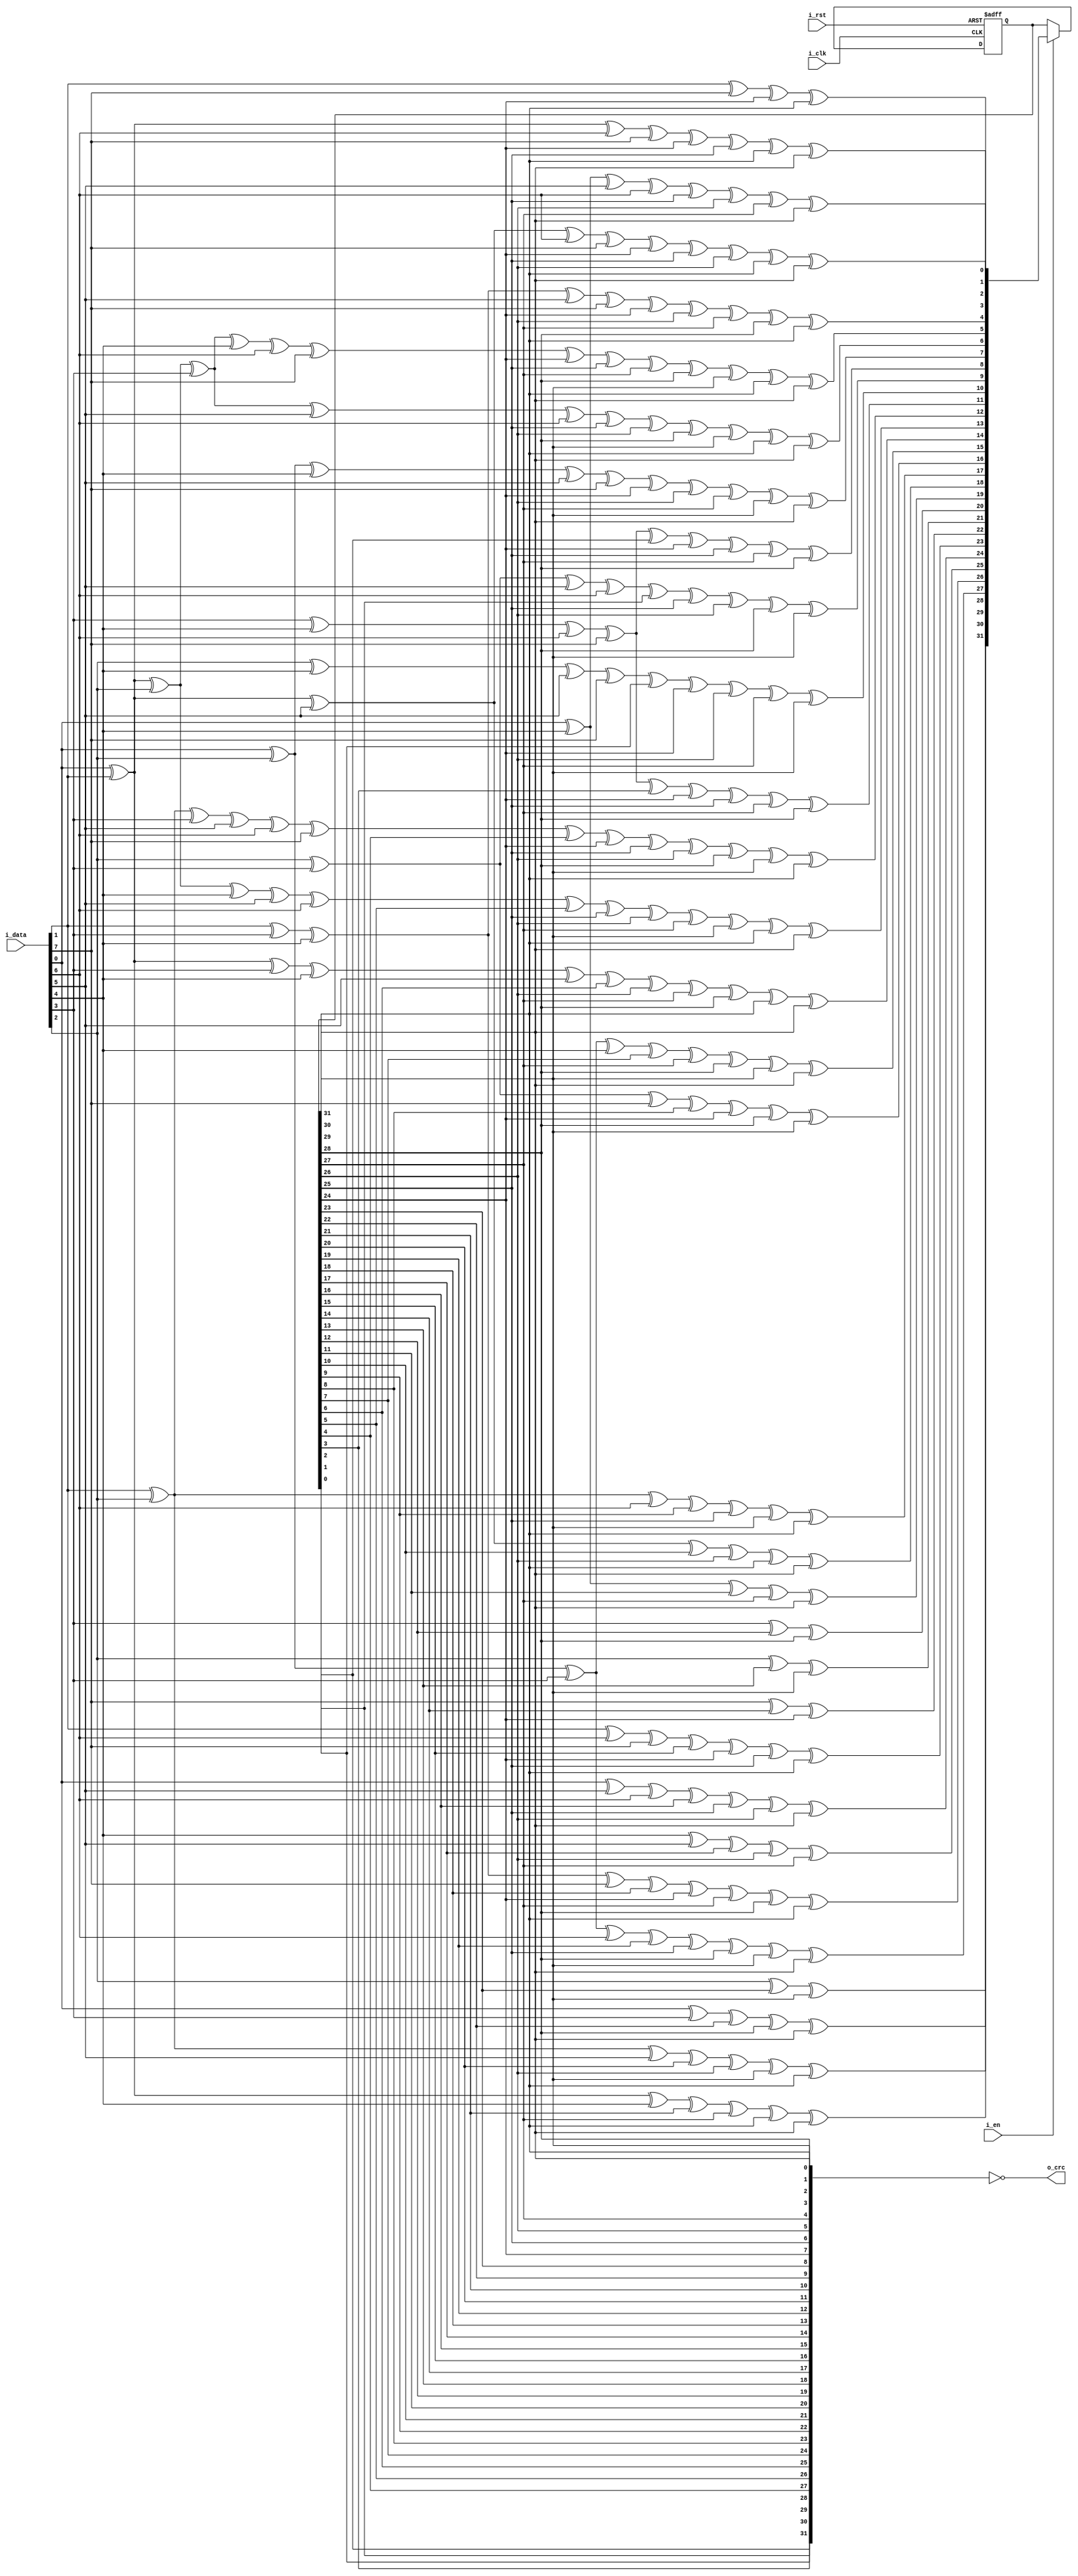
////////////////////////////////////////////////////////////////////////////////
// Copyright (C) 1999-2008 Easics NV.
// This source file may be used and distributed without restriction
// provided that this copyright statement is not removed from the file
// and that any derivative work contains the original copyright notice
// and the associated disclaimer.
//
// THIS SOURCE FILE IS PROVIDED "AS IS" AND WITHOUT ANY EXPRESS
// OR IMPLIED WARRANTIES, INCLUDING, WITHOUT LIMITATION, THE IMPLIED
// WARRANTIES OF MERCHANTIBILITY AND FITNESS FOR A PARTICULAR PURPOSE.
//
// Purpose : synthesizable CRC function
//   * polynomial: x^32 + x^26 + x^23 + x^22 + x^16 + x^12 + x^11 + x^10 + x^8 + x^7 + x^5 + x^4 + x^2 + x^1 + 1
//   * data width: 8
//
// Info : tools@easics.be
//        http://www.easics.com
////////////////////////////////////////////////////////////////////////////////
module CRC32_D8(
	input			i_clk	,
	input			i_rst	,
	input			i_en	,
	input  [7 :0]	i_data	,
	output [31:0]	o_crc	
);

reg  [31:0] crc;
wire [7 :0] d;
wire [31:0] c;
wire [31:0] newcrc;
assign	o_crc = ~{crc[0] ,crc[1] ,crc[2] ,crc[3] ,crc[4] ,crc[5] ,crc[6] ,crc[7] ,
				  crc[8] ,crc[9] ,crc[10],crc[11],crc[12],crc[13],crc[14],crc[15],
				  crc[16],crc[17],crc[18],crc[19],crc[20],crc[21],crc[22],crc[23],
				  crc[24],crc[25],crc[26],crc[27],crc[28],crc[29],crc[30],crc[31]};

assign	d = {i_data[0],i_data[1],i_data[2],i_data[3],i_data[4],i_data[5],i_data[6],i_data[7]};
assign	c = crc;
assign	newcrc[0] = d[6] ^ d[0] ^ c[24] ^ c[30];
assign	newcrc[1] = d[7] ^ d[6] ^ d[1] ^ d[0] ^ c[24] ^ c[25] ^ c[30] ^ c[31];
assign	newcrc[2] = d[7] ^ d[6] ^ d[2] ^ d[1] ^ d[0] ^ c[24] ^ c[25] ^ c[26] ^ c[30] ^ c[31];
assign	newcrc[3] = d[7] ^ d[3] ^ d[2] ^ d[1] ^ c[25] ^ c[26] ^ c[27] ^ c[31];
assign	newcrc[4] = d[6] ^ d[4] ^ d[3] ^ d[2] ^ d[0] ^ c[24] ^ c[26] ^ c[27] ^ c[28] ^ c[30];
assign	newcrc[5] = d[7] ^ d[6] ^ d[5] ^ d[4] ^ d[3] ^ d[1] ^ d[0] ^ c[24] ^ c[25] ^ c[27] ^ c[28] ^ c[29] ^ c[30] ^ c[31];
assign	newcrc[6] = d[7] ^ d[6] ^ d[5] ^ d[4] ^ d[2] ^ d[1] ^ c[25] ^ c[26] ^ c[28] ^ c[29] ^ c[30] ^ c[31];
assign	newcrc[7] = d[7] ^ d[5] ^ d[3] ^ d[2] ^ d[0] ^ c[24] ^ c[26] ^ c[27] ^ c[29] ^ c[31];
assign	newcrc[8] = d[4] ^ d[3] ^ d[1] ^ d[0] ^ c[0] ^ c[24] ^ c[25] ^ c[27] ^ c[28];
assign	newcrc[9] = d[5] ^ d[4] ^ d[2] ^ d[1] ^ c[1] ^ c[25] ^ c[26] ^ c[28] ^ c[29];
assign	newcrc[10] = d[5] ^ d[3] ^ d[2] ^ d[0] ^ c[2] ^ c[24] ^ c[26] ^ c[27] ^ c[29];
assign	newcrc[11] = d[4] ^ d[3] ^ d[1] ^ d[0] ^ c[3] ^ c[24] ^ c[25] ^ c[27] ^ c[28];
assign	newcrc[12] = d[6] ^ d[5] ^ d[4] ^ d[2] ^ d[1] ^ d[0] ^ c[4] ^ c[24] ^ c[25] ^ c[26] ^ c[28] ^ c[29] ^ c[30];
assign	newcrc[13] = d[7] ^ d[6] ^ d[5] ^ d[3] ^ d[2] ^ d[1] ^ c[5] ^ c[25] ^ c[26] ^ c[27] ^ c[29] ^ c[30] ^ c[31];
assign	newcrc[14] = d[7] ^ d[6] ^ d[4] ^ d[3] ^ d[2] ^ c[6] ^ c[26] ^ c[27] ^ c[28] ^ c[30] ^ c[31];
assign	newcrc[15] = d[7] ^ d[5] ^ d[4] ^ d[3] ^ c[7] ^ c[27] ^ c[28] ^ c[29] ^ c[31];
assign	newcrc[16] = d[5] ^ d[4] ^ d[0] ^ c[8] ^ c[24] ^ c[28] ^ c[29];
assign	newcrc[17] = d[6] ^ d[5] ^ d[1] ^ c[9] ^ c[25] ^ c[29] ^ c[30];
assign	newcrc[18] = d[7] ^ d[6] ^ d[2] ^ c[10] ^ c[26] ^ c[30] ^ c[31];
assign	newcrc[19] = d[7] ^ d[3] ^ c[11] ^ c[27] ^ c[31];
assign	newcrc[20] = d[4] ^ c[12] ^ c[28];
assign	newcrc[21] = d[5] ^ c[13] ^ c[29];
assign	newcrc[22] = d[0] ^ c[14] ^ c[24];
assign	newcrc[23] = d[6] ^ d[1] ^ d[0] ^ c[15] ^ c[24] ^ c[25] ^ c[30];
assign	newcrc[24] = d[7] ^ d[2] ^ d[1] ^ c[16] ^ c[25] ^ c[26] ^ c[31];
assign	newcrc[25] = d[3] ^ d[2] ^ c[17] ^ c[26] ^ c[27];
assign	newcrc[26] = d[6] ^ d[4] ^ d[3] ^ d[0] ^ c[18] ^ c[24] ^ c[27] ^ c[28] ^ c[30];
assign	newcrc[27] = d[7] ^ d[5] ^ d[4] ^ d[1] ^ c[19] ^ c[25] ^ c[28] ^ c[29] ^ c[31];
assign	newcrc[28] = d[6] ^ d[5] ^ d[2] ^ c[20] ^ c[26] ^ c[29] ^ c[30];
assign	newcrc[29] = d[7] ^ d[6] ^ d[3] ^ c[21] ^ c[27] ^ c[30] ^ c[31];
assign	newcrc[30] = d[7] ^ d[4] ^ c[22] ^ c[28] ^ c[31];
assign	newcrc[31] = d[5] ^ c[23] ^ c[29];

always @(posedge i_clk or posedge i_rst) begin
	if(i_rst)
		crc <= 32'hffffffff;
	else if(i_en)
		crc <= newcrc;
	else
		crc <= crc;
end

endmodule